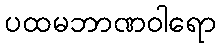
ပထမဘာဏဝါရော